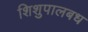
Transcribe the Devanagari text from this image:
शिशुपालबध